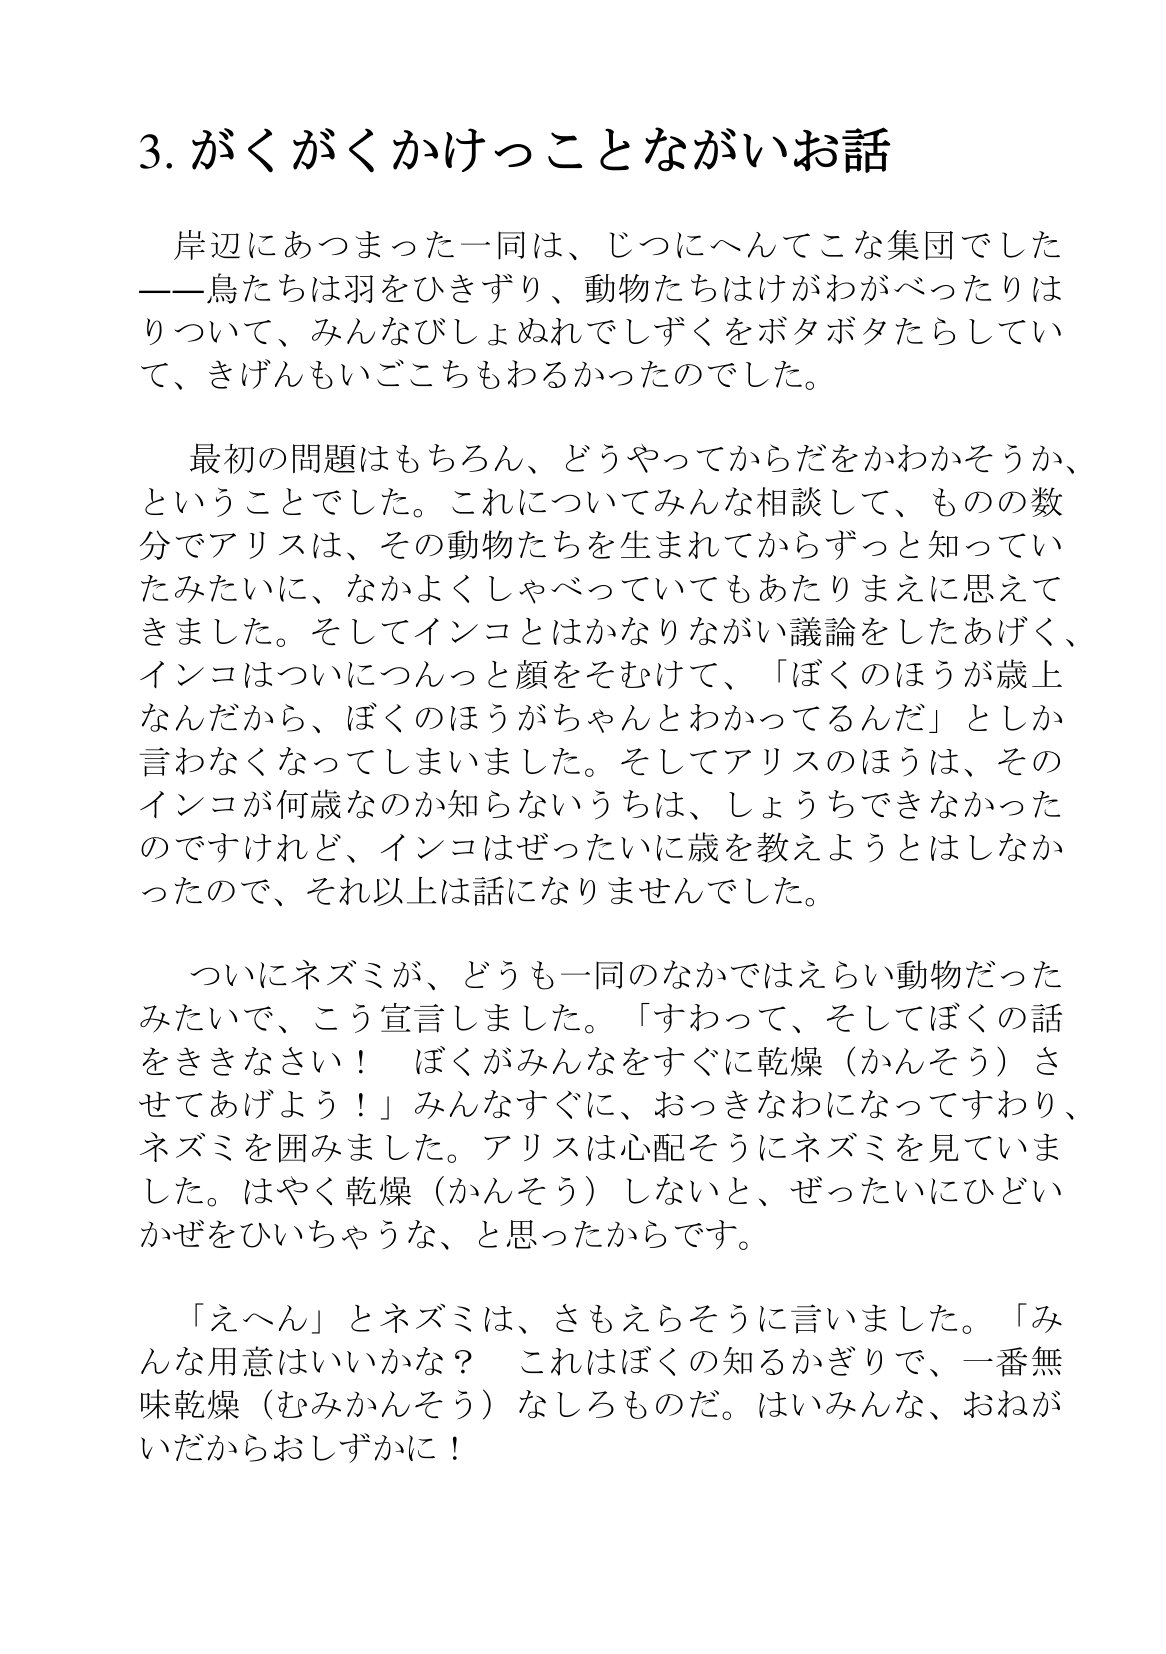
Language: ja